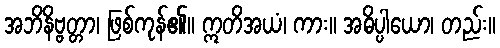
အဘိနိဗ္ဗတ္တာ၊ ဖြစ်ကုန်၏။ ဣတိအယံ၊ ကား။ အဓိပ္ပါယော၊ တည်း။